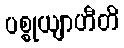
ပစ္စုယျာဟီတိ